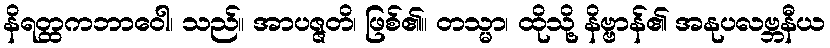
နိရတ္ထကဘာဝေါ၊ သည်။ အာပဇ္ဇတိ၊ ဖြစ်၏။ တသ္မာ၊ ထိုသို့ နိဗ္ဗာန်၏ အနုပလဗ္ဘနီယ